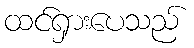
ထင်ရှားပေသည်